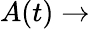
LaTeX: A(t)\to